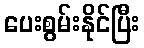
ပေးစွမ်းနိုင်ပြီး